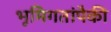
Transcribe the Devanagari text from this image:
भूमिगतांपैकी